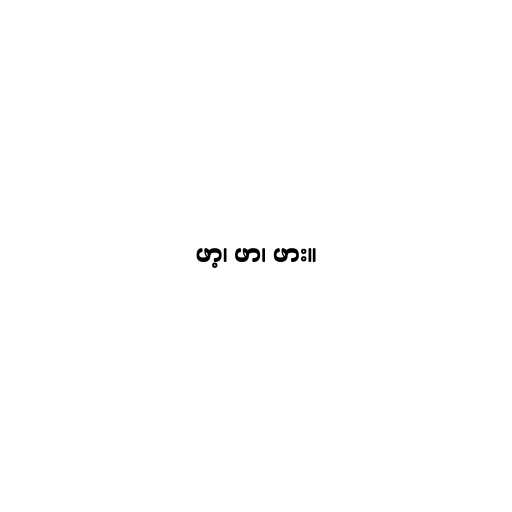
ဖာ့၊ ဖာ၊ ဖား။